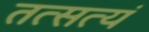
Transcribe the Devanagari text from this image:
तत्सत्यं